Indian journal of veterinary science and animal husbandry - Volume 10,
Year: 1940
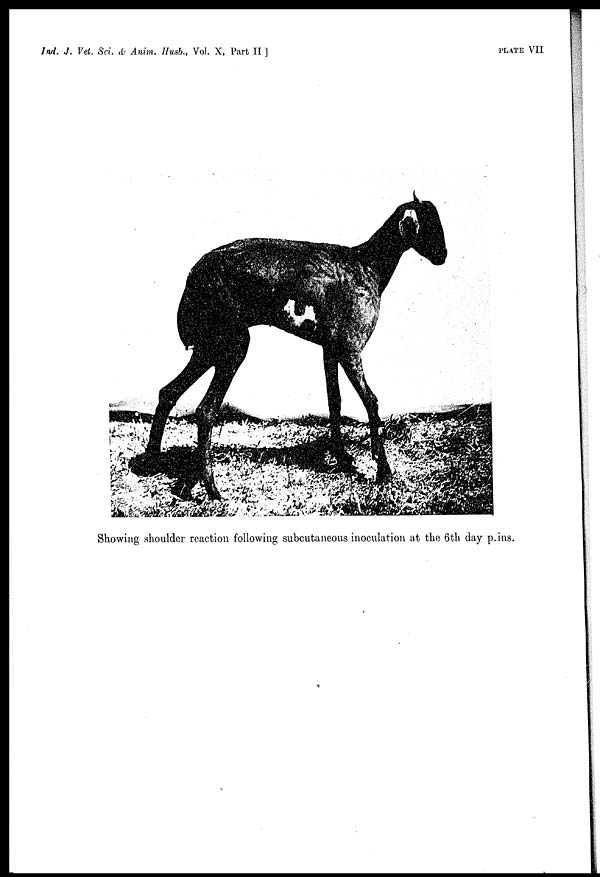
Ind. J. Vet. Sci. & Anim. Husb., Vol. X, Part
II]
PLATE
VII
Showing shoulder reaction following subcutaneous inoculation at the 6th day p. ins.